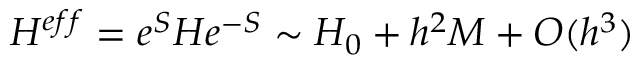
H ^ { e f f } = e ^ { S } H e ^ { - S } \sim H _ { 0 } + h ^ { 2 } M + O ( h ^ { 3 } )